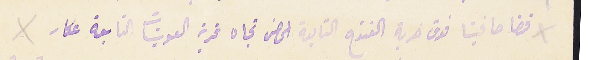
قضا صافيتا فوق خربة الفتوح التابعة الحصن تجاه قرية العوينات التابعة عكار